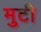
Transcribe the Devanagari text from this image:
मुटी